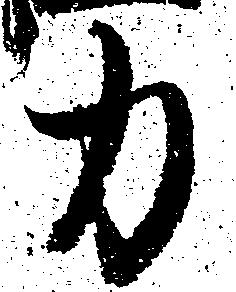
力